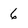
Character: 6